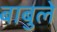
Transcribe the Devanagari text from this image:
बाबुले